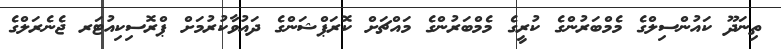
ތިނަދޫ ކައުންސިލްގެ މެމްބަރުންގެ ކުރީގެ މެމްބަރުންގެ މައްޗަށް ކޮރަޕްޝަންގެ ދައުވާކުރުމަށް ޕްރޮސިކިއުޓަރ ޖެނެރަލްގެ